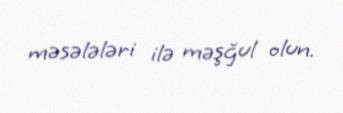
məsələləri ilə məşğul olun.